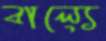
বাল্যে